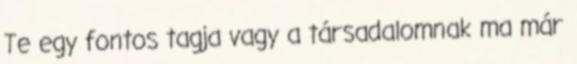
Te egy fontos tagja vagy a társadalomnak ma már